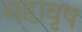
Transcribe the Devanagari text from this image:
महावृष